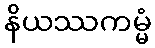
နိယဿကမ္မံ